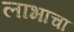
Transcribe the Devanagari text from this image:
लाभाचा